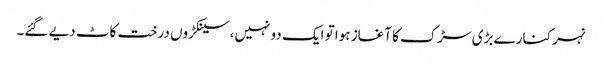
نہر کنارے بڑی سڑک کا آغاز ہوا تو ایک دو نہیں،سینکڑوں درخت کاٹ دیے گئے۔